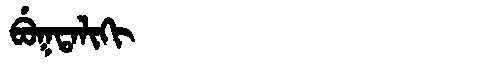
Manchu: ᠪᡠᡴᡨᠠᠯᡳᡴᡳ
Romanization: BUKTALIKI